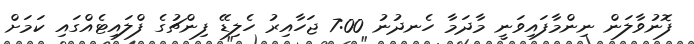
ފޮނުވާލަން ނިންމާފައިވަނީ މާދަމާ ހެނދުނު 7:00 ޖަހާއިރު ހެލިޑޭ ފިންޗުގެ ފްލައިޓެއްގައި ކަމަށް